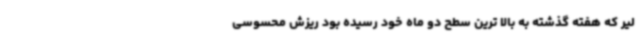
لیر که هفته گذشته به بالا ترین سطح دو ماه خود رسیده بود ریزش محسوسی